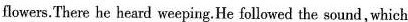
flowers.There he heard weeping.He followed the sound, which